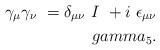
LaTeX: \begin{align*}\gamma _\mu \gamma _\nu \ =\delta _{\mu \nu }\ I\ +i \ \epsilon _{\mu\nu }\\gamma _5.\end{align*}